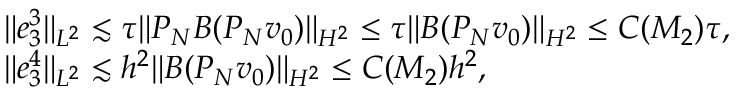
\begin{array} { r l } & { \| e _ { 3 } ^ { 3 } \| _ { L ^ { 2 } } \lesssim \tau \| P _ { N } B ( P _ { N } v _ { 0 } ) \| _ { H ^ { 2 } } \leq \tau \| B ( P _ { N } v _ { 0 } ) \| _ { H ^ { 2 } } \leq C ( M _ { 2 } ) \tau , } \\ & { \| e _ { 3 } ^ { 4 } \| _ { L ^ { 2 } } \lesssim h ^ { 2 } \| B ( P _ { N } v _ { 0 } ) \| _ { H ^ { 2 } } \leq C ( M _ { 2 } ) h ^ { 2 } , } \end{array}